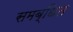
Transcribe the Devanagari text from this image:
समब्धित